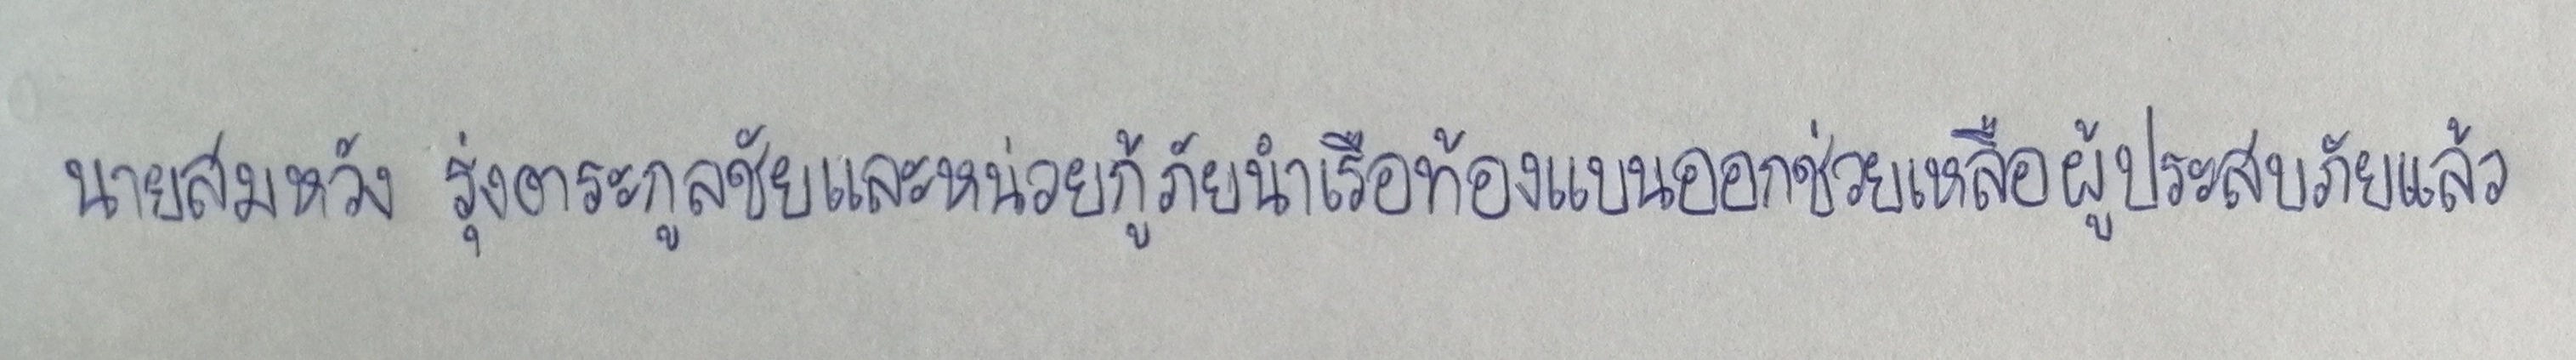
นายสมหวัง รุ่งตระกูลชัยและหน่วยกู้ภัยนำเรือท้องแบนออกช่วยเหลือผู้ประสบภัยแล้ว